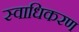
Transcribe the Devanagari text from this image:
स्वाधिकरण